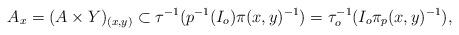
LaTeX: \begin{align*}A_x = (A \times Y)_{(x,y)} \subset \tau^{-1}(p^{-1}(I_o)\pi(x,y)^{-1}) = \tau_o^{-1}(I_o \pi_p(x,y)^{-1}), \end{align*}